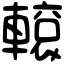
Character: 𨎊